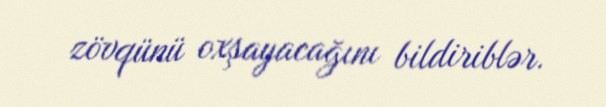
zövqünü oxşayacağını bildiriblər.